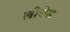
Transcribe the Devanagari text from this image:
लीचेस